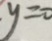
y = 0